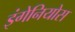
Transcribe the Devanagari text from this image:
इंगेनियोस